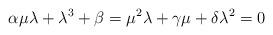
LaTeX: \begin{align*}\alpha \mu \lambda + \lambda^3 + \beta = \mu^2 \lambda + \gamma \mu + \delta \lambda^2 = 0\end{align*}